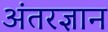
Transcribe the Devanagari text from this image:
अंतरज्ञान